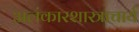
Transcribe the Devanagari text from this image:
अलंकारशास्त्राचार्य